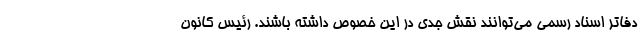
دفاتر اسناد رسمی می‌توانند نقش جدی در این خصوص داشته باشند. رئیس کانون